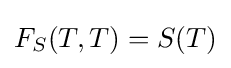
F_{S}(T,T)=S(T)